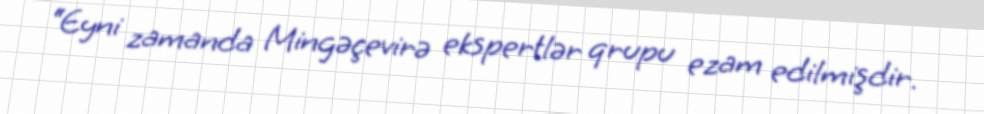
“Eyni zamanda Mingəçevirə ekspertlər qrupu ezam edilmişdir.